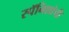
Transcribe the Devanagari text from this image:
स्पॅनिशांची